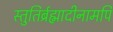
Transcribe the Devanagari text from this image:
स्तुतिर्ब्रह्मादीनामपि